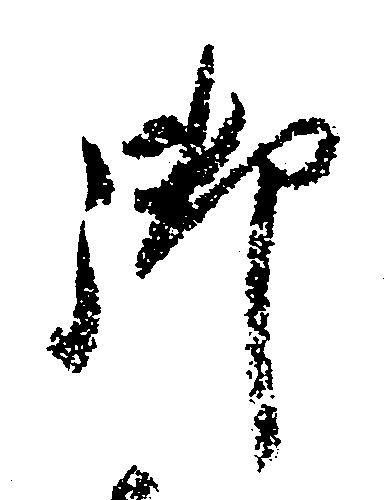
御